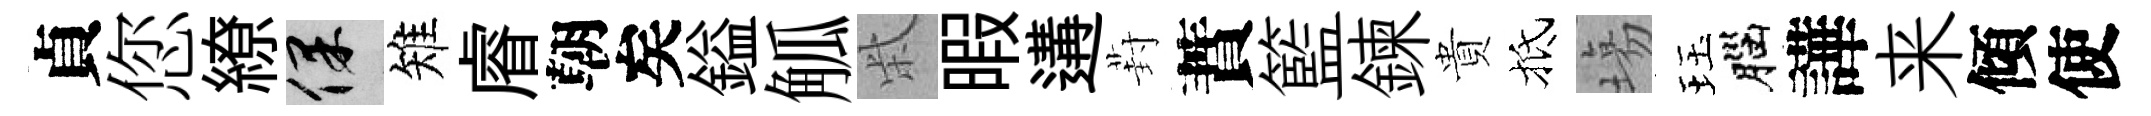
貞您繚保雉𥈠朝矣鎰觚柴暇遘葑蕡籃鍊貴抵塲珏腦譁来傾使